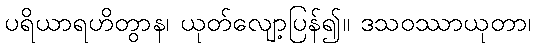
ပရိယာရဟိတွာန၊ ယုတ်လျော့ပြန်၍။ ဒသဝဿာယုတာ၊